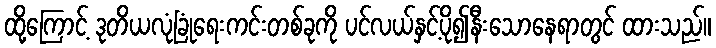
ထို့ကြောင့် ဒုတိယလုံခြုံရေးကင်းတစ်ခုကို ပင်လယ်နှင့်ပို၍နီးသောနေရာတွင် ထားသည်။